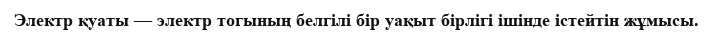
Электр қуаты — электр тогының белгілі бір уақыт бірлігі ішінде істейтін жұмысы.